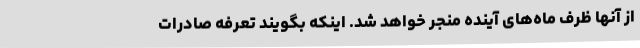
از آنها ظرف ماه‌های آینده منجر خواهد شد. اینکه بگویند تعرفه صادرات